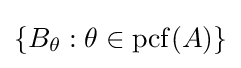
\{B_{\theta }:\theta \in \operatorname {pcf} (A)\}